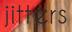
jitters